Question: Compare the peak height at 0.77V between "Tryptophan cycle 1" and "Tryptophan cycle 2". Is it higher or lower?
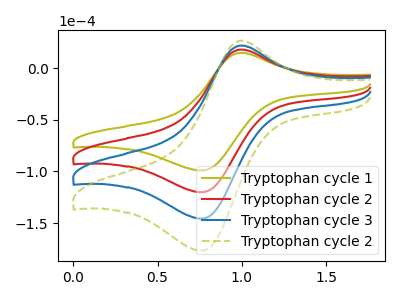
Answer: <think>The olive curve "Tryptophan cycle 1" has an anodic peak at (1.00V, 15.00uA) and a cathodic peak at (0.75V, -99.00uA). The red curve "Tryptophan cycle 2" has an anodic peak at (1.00V, 18.20uA) and a cathodic peak at (0.75V, -120.10uA). The blue curve "Tryptophan cycle 3" has an anodic peak at (1.00V, 36.35uA) and a cathodic peak at (0.75V, -240.20uA). The olive dashed curve "Tryptophan cycle 2" has an anodic peak at (1.00V, 54.55uA) and a cathodic peak at (0.75V, -360.30uA).</think>
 <answer>The peak at 0.77V is lower in "Tryptophan cycle 1" than in "Tryptophan cycle 2".</answer>
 <eval>lower</eval>